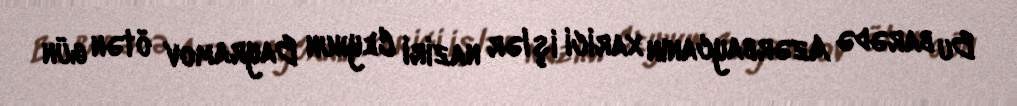
Bu barədə Azərbaycanın xarici işlər naziri Ceyhun Bayramov ötən gün